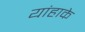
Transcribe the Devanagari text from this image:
यांहाके